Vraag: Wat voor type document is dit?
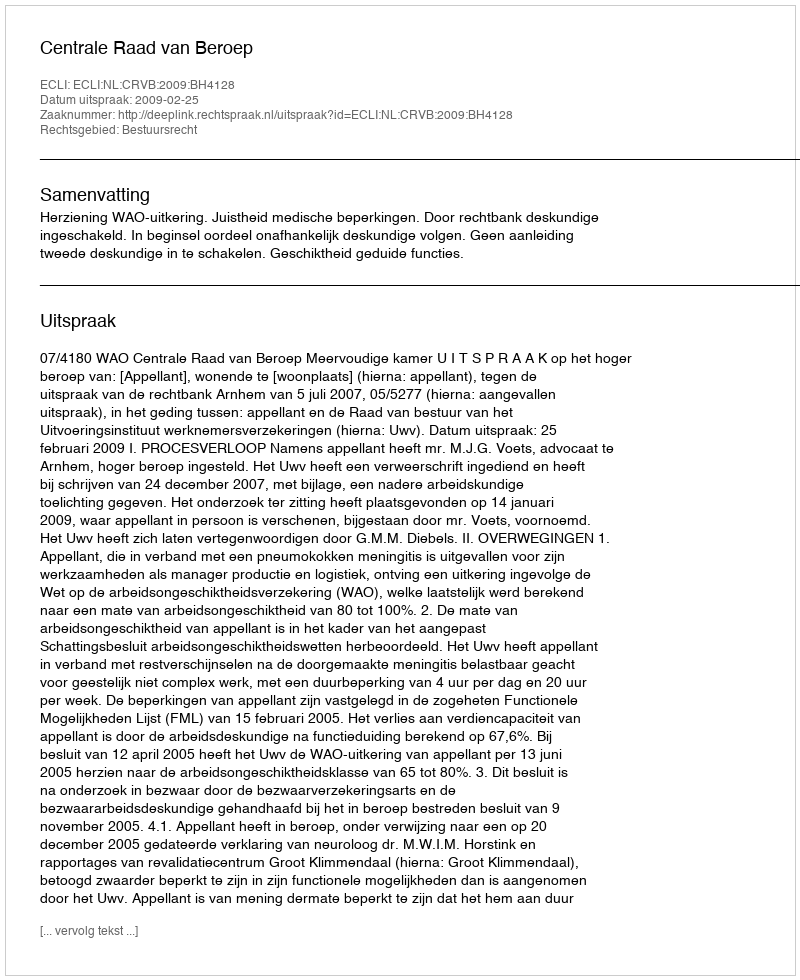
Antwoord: Uitspraak